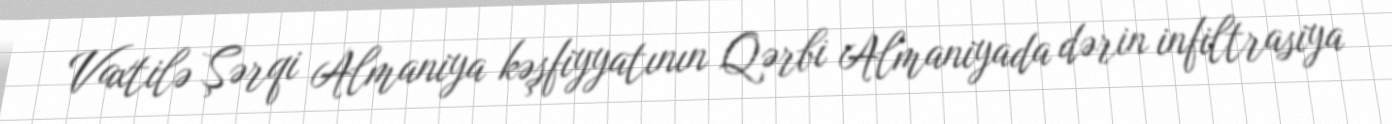
Vaxtilə Şərqi Almaniya kəşfiyyatının Qərbi Almaniyada dərin infiltrasiya